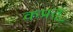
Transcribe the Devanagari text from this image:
कप्रत्